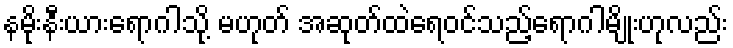
နမိုးနီးယားရောဂါသို့ မဟုတ် အဆုတ်ထဲရေဝင်သည့်ရောဂါမျိုးဟုလည်း